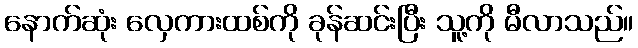
နောက်ဆုံး လှေကားထစ်ကို ခုန်ဆင်းပြီး သူ့ကို မီလာသည်။